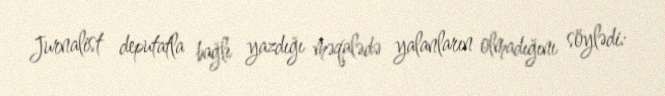
Jurnalist deputatla bağlı yazdığı məqalədə yalanların olmadığını söylədi: